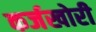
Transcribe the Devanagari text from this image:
कर्जखोरी